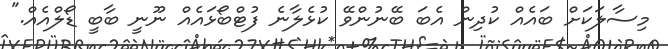
މިސާލަކަށް ބައެއް ކުދިން އެބަ ބޭނުންވޭ ކުޅެލާނެ ފުޓްބޯޅައެއް ނޫނީ ބާބީ ޑޯލްއެއް."